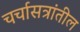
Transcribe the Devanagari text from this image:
चर्चासत्रांतील